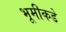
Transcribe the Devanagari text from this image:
भूमीकडे